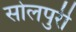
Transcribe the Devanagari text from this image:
सोलपुरी